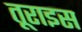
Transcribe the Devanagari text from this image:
तूराइस